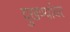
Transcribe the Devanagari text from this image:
दुखण्यांवर